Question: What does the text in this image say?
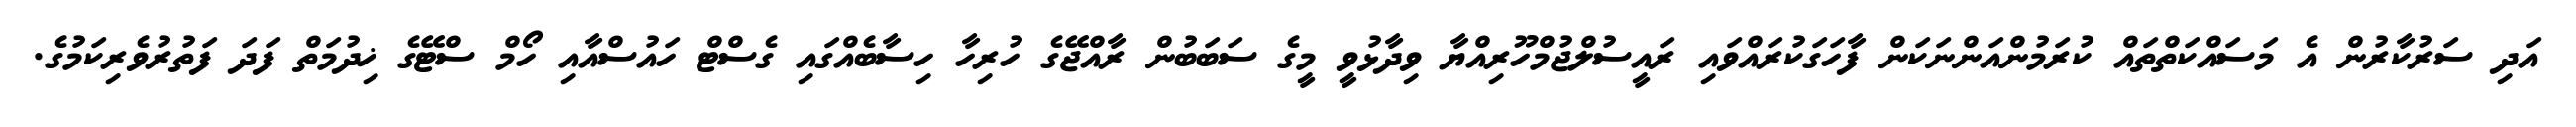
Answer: އަދި ސަރުކާރުން އެ މަސައްކަތްތައް ކުރަމުންއަންނަކަން ފާހަގަކުރައްވައި ރައީސުލްޖުމްހޫރިއްޔާ ވިދާޅުވީ މީގެ ސަބަބުން ރާއްޖޭގެ ހުރިހާ ހިސާބެއްގައި ގެސްޓް ހައުސްއާއި ހޯމް ސްޓޭގެ ޚިދުމަތް ފަދަ ފަތުރުވެރިކަމުގެ.